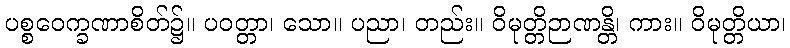
ပစ္စဝေက္ခဏာစိတ်၌။ ပဝတ္တာ၊ သော။ ပညာ၊ တည်း။ ဝိမုတ္တိဉာဏန္တိ၊ ကား။ ဝိမုတ္တိယာ၊